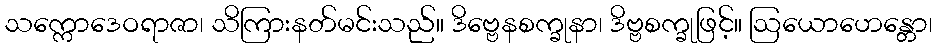
သက္ကောဒေဝရာဇာ၊ သိကြားနတ်မင်းသည်။ ဒိဗ္ဗေနစက္ခုနာ၊ ဒိဗ္ဗစက္ခုဖြင့်။ ဩယောဟေန္တော၊